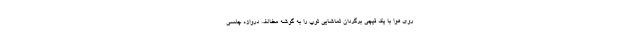
روی هوا با یک قیچی برگردان تماشایی توپ را به گوشه مخالف دروازه چلسی